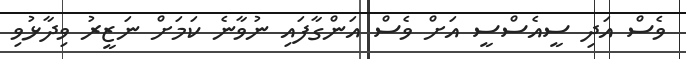
ވެސް އަދި ސީއެސްސީ އަށް ވެސް އަންގާފައި ނުވާނެ ކަމަށް ނަޒީރު ވިދާޅުވި